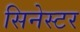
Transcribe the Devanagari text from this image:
सिनेस्टर